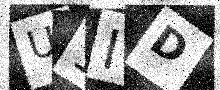
Text: U1ID